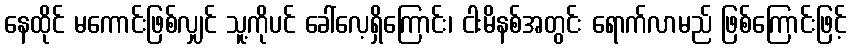
နေထိုင် မကောင်းဖြစ်လျှင် သူ့ကိုပင် ခေါ်လေ့ရှိကြောင်း၊ ငါးမိနစ်အတွင်း ရောက်လာမည် ဖြစ်ကြောင်းဖြင့်